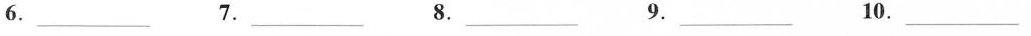
6. ___ 7. ___ 8. ___ 9. ___ 10. ___